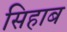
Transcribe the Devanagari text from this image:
सिहाब